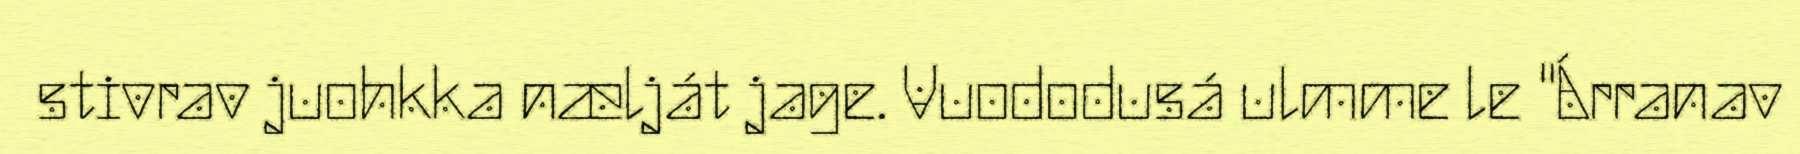
stivrav juohkka nælját jage. Vuododusá ulmme le "Árranav